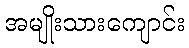
အမျိုးသားကျောင်း